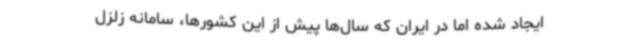
ایجاد شده اما در ایران که سال‌ها پیش‌ از ‌این کشورها، سامانه زلزل